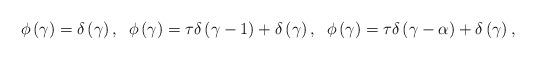
LaTeX: \begin{align*}\phi \left( \gamma \right) =\delta \left( \gamma \right) ,\;\;\phi \left(\gamma \right) =\tau \delta \left( \gamma -1\right) +\delta \left( \gamma\right) ,\;\;\phi \left( \gamma \right) =\tau \delta \left( \gamma -\alpha\right) +\delta \left( \gamma \right) , \end{align*}